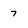
Character: 7